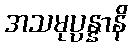
အသမုပ္ပန္နာနိ